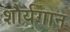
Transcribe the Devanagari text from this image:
शौर्यगान